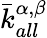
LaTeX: \bar{k}_{all}^{\alpha,\beta}